Notes on vaccination in the North-West Frontier Province 1923-1928 - 1923-1928
Year: 1923
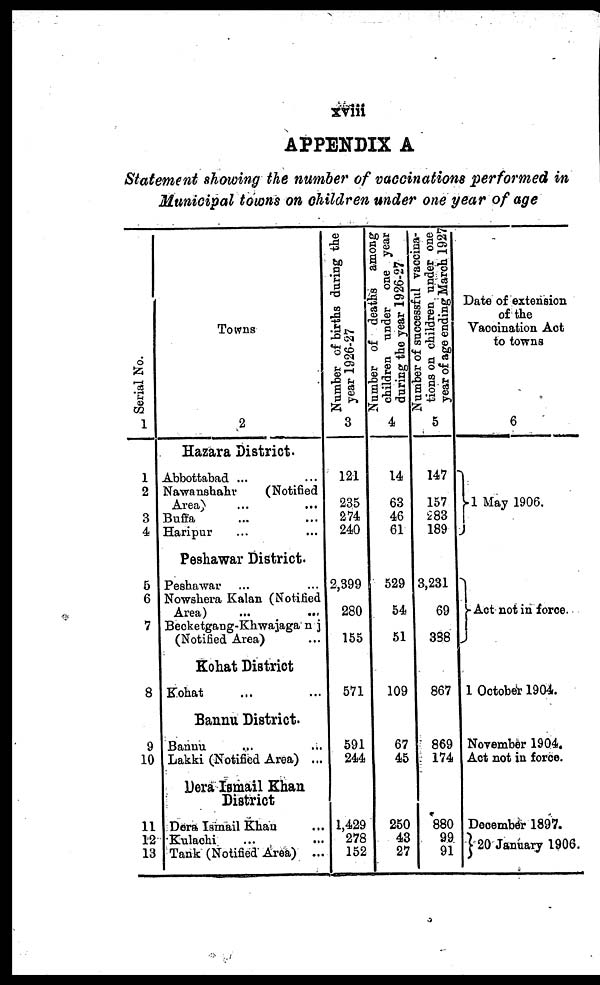
xviii
APPENDIX A
Statement showing the number of vaccinations performed in
Municipal towns on children under one year of age
Serial No.
1
1
2
3
4
5
6
7
8
9
10
11
12
13
Towns
2
Hazara District.
Abbottabad ... ...
Nawanshahr
(Notified
Area
...
...
Buffa ... ...
Haripur ... ...
Peshawar District.
Peshawar ... ...
Nowshera Kalan (Notified
Area) ... ...
Becketgang-Khwajaganj
(Notified Area) ...
Kohat District
Kohat ... ...
Bannu District.
Bannu ... ...
Lakki (Notified Area) ...
Dera Ismail Khan
District
Dora Ismail Khan ...
Kulachi ... ...
Tank (Notified Area) ...
Number of births during the
year 1926-27
3
121
235
274
240
2,399
280
155
571
591
244
1,429
278
152
Number of deaths among
children under one year
during the year 1926-27
4
14
63
46
61
529
54
51
109
67
45
250
43
27
Number of successful vaccina-
tions on children under one
year of age ending March 1927
5
147
157
283
189
3,231
69
388
867
869
174
880
99
91
Date of extension
of the
vaccination Act
to towns
6
1 May 1906.
Act not in force.
1 October 1904.
November 1904.
Act not in force.
December 1897.
20 January 1906.